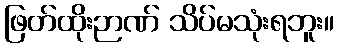
ဖြတ်ထိုးဉာဏ် သိပ်မသုံးရဘူး။